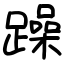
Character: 躁